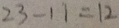
2 3 - 1 1 = 1 2